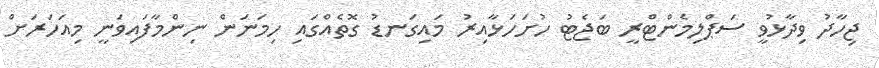
ޖިހާދު ވިދާޅުވީ ސަޕްލިމެންޓްރީ ބަޖެޓު ހުށަހަޅާއިރު މައިގަނޑު ގޮތެއްގައި ހިމަނަން ނިންމާފައިވަނީ މިއަހަރަށް